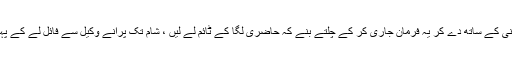
پاور آف اٹارنی کے ساتھ دے کر یہ فرمان جاری کر کے چلتے بنے کہ حاضری لگا کے ٹائم لے لیں ، شام تک پرانے وکیل سے فائل لے کے پہنچا دیں گے۔